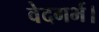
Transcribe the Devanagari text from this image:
वेदगर्भ।